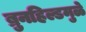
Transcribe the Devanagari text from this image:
ब्रुनहिल्डमुळे